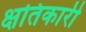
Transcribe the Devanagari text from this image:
क्षतिकारी